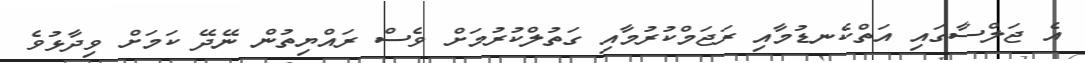
އެ ޖަލްސާގައި އަތްކެނޑުމާއި ރަޖަމްކުރުމާއި ގަތުލްކުރުމަށް ވެސް ރައްޔިތުން ނޭދޭ ކަމަށް ވިދާޅުވެ